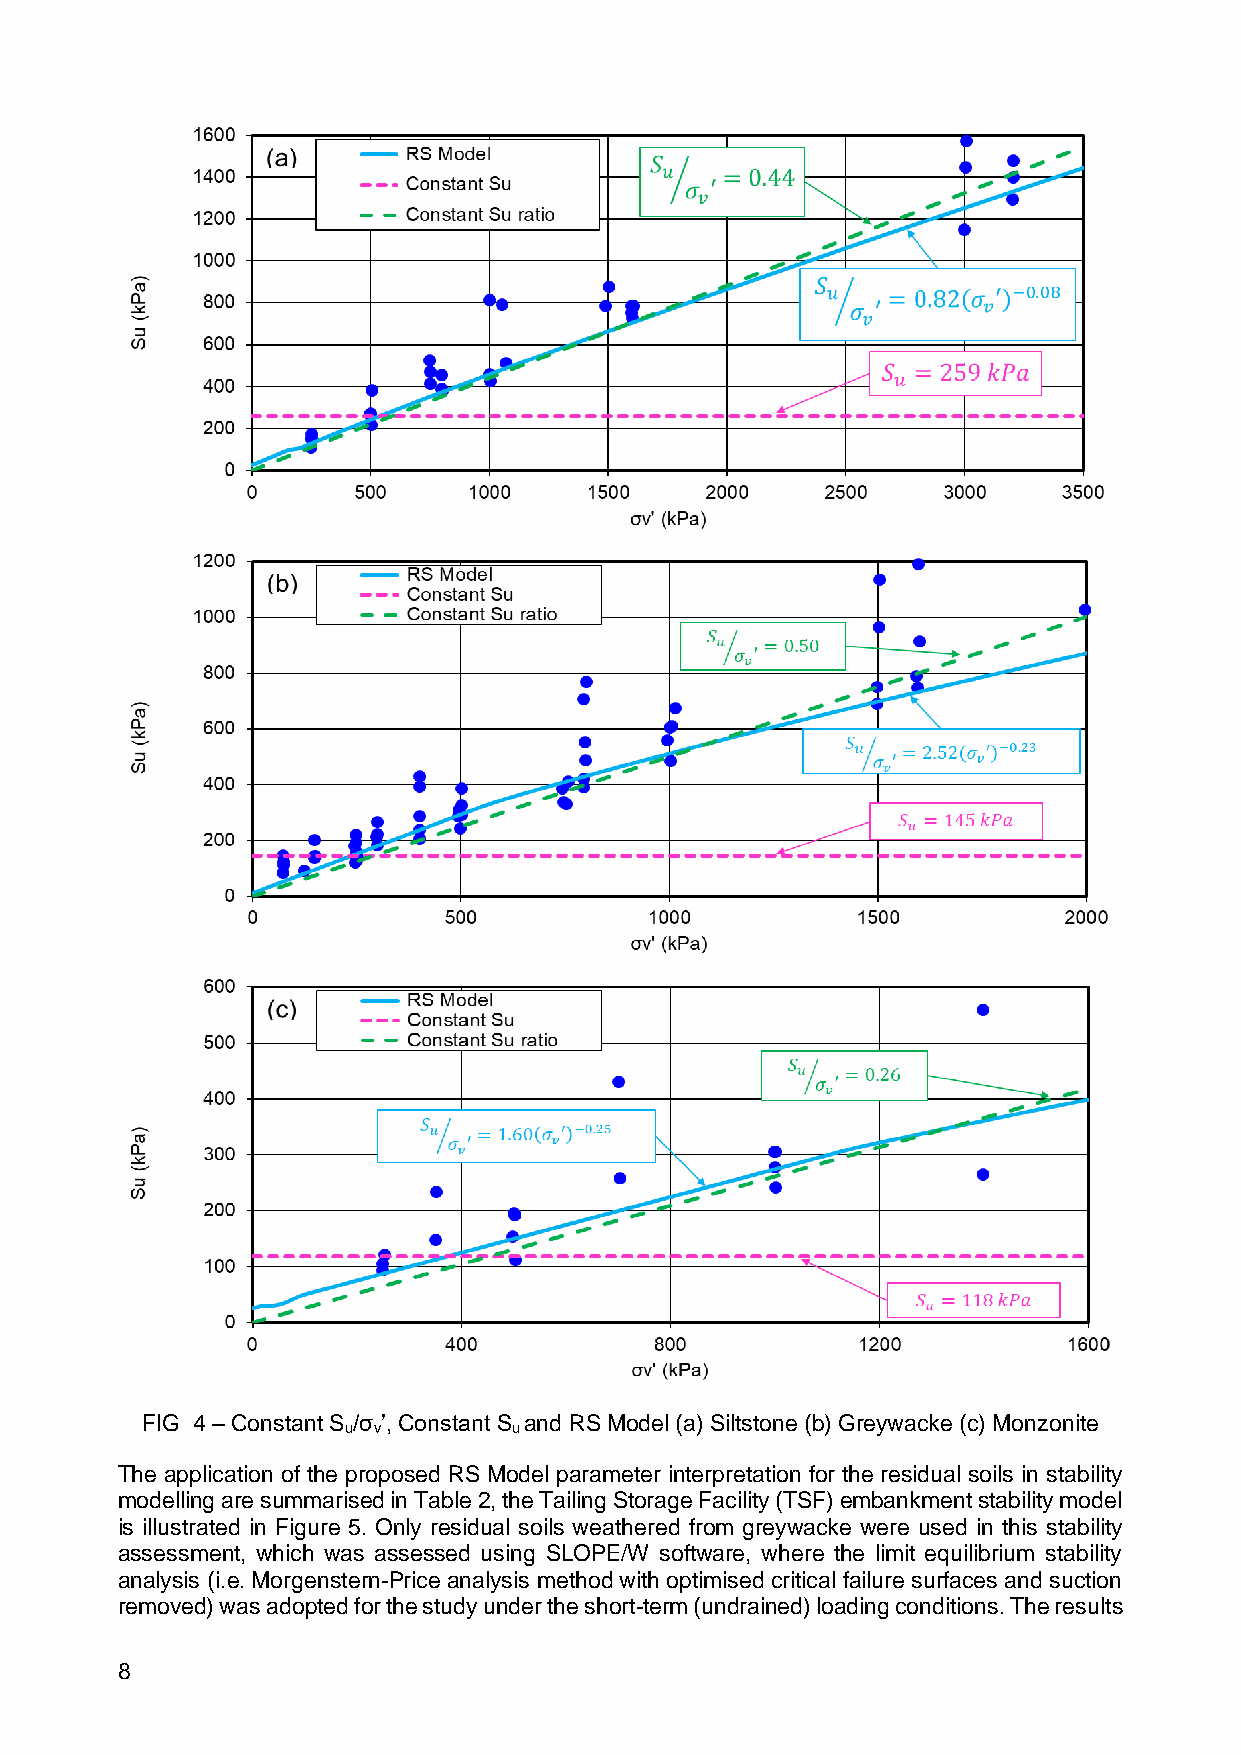
FIG 4 – Constant S /σ ’, Constant S and RS Model (a) Siltstone (b) Greywacke (c) Monzonite
 u v        u
 The application of the proposed RS Model parameter interpretation for the residual soils in stability
 modelling are summarised in Table 2, the Tailing Storage Facility (TSF) embankment stability model
 is illustrated in Figure 5. Only residual soils weathered from greywacke were used in this stability
 assessment, which was assessed using SLOPE/W software, where the limit equilibrium stability
 analysis (i.e. Morgenstern-Price analysis method with optimised critical failure surfaces and suction
 removed) was adopted for the study under the short-term (undrained) loading conditions. The results
 8